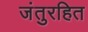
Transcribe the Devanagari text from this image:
जंतुरहित